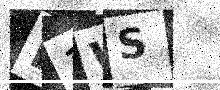
Text: D1WS